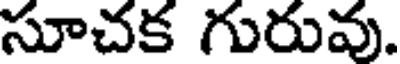
సూచక గురువు.